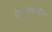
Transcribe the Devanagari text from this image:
त्रैलोक्यमोहन